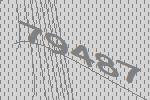
79487